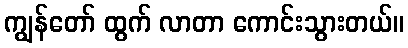
ကျွန်တော် ထွက် လာတာ ကောင်းသွားတယ်။